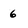
Character: 6